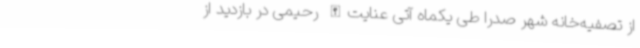
از تصفیه‌خانه شهر صدرا طی یکماه آتی عنایت‌الله رحیمی در بازدید از